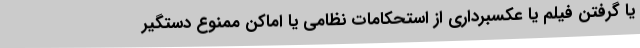
یا گرفتن فیلم یا عکسبرداری از استحکامات نظامی یا اماکن ممنوع دستگیر